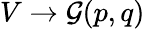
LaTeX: V\to{\mathcal{G}}(p,q)